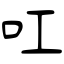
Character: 叿